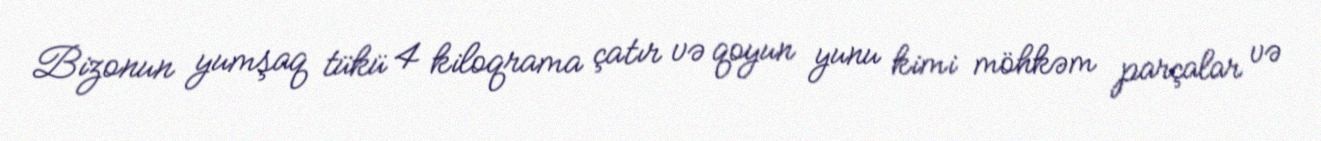
Bizonun yumşaq tükü 4 kiloqrama çatır və qoyun yunu kimi möhkəm parçalar və